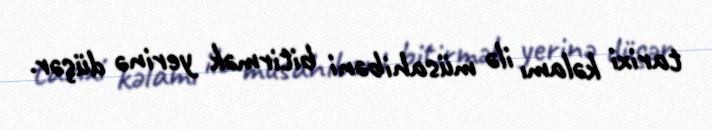
tarixi kəlamı ilə müsahibəni bitirmək yerinə düşər.